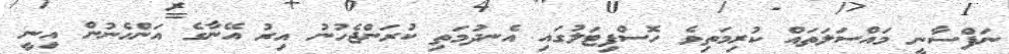
ނަފްސާނީ މައްސަލަތައް ކުރިމަތިވެ ހޮސްޕިޓަލުގައި އެނދުމަތި ކުރަންޖެހުނު އިރު އޭނާގެ އަންހެނުން އިނީ